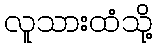
လူသားထံသို့